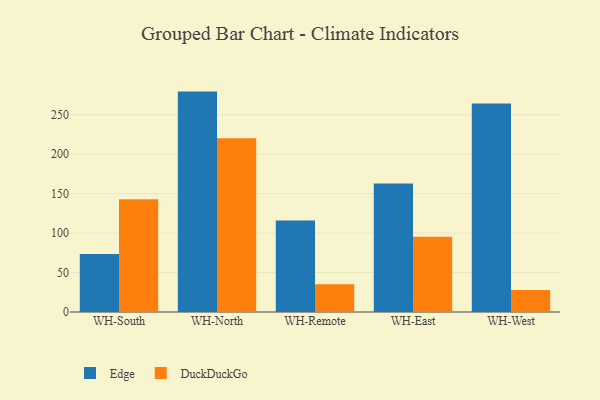
{"axis": {"x": "Warehouse", "y": "Temperature (°C)"}, "legend": ["DuckDuckGo", "Edge"], "data": [{"x": "WH-South", "y": 73.5, "type": "Edge"}, {"x": "WH-South", "y": 142.8, "type": "DuckDuckGo"}, {"x": "WH-North", "y": 279.3, "type": "Edge"}, {"x": "WH-North", "y": 220.1, "type": "DuckDuckGo"}, {"x": "WH-Remote", "y": 115.8, "type": "Edge"}, {"x": "WH-Remote", "y": 35.2, "type": "DuckDuckGo"}, {"x": "WH-East", "y": 162.8, "type": "Edge"}, {"x": "WH-East", "y": 95.3, "type": "DuckDuckGo"}, {"x": "WH-West", "y": 264.2, "type": "Edge"}, {"x": "WH-West", "y": 28.0, "type": "DuckDuckGo"}]}